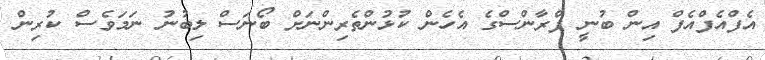
އެފްއެފްއެފް އިން ބުނީ ފްރާންސްގެ އެހެން ކުޅުންތެރިންނަށް ބޯނަސް ލިބުނު ނަމަވެސް ކުރިން